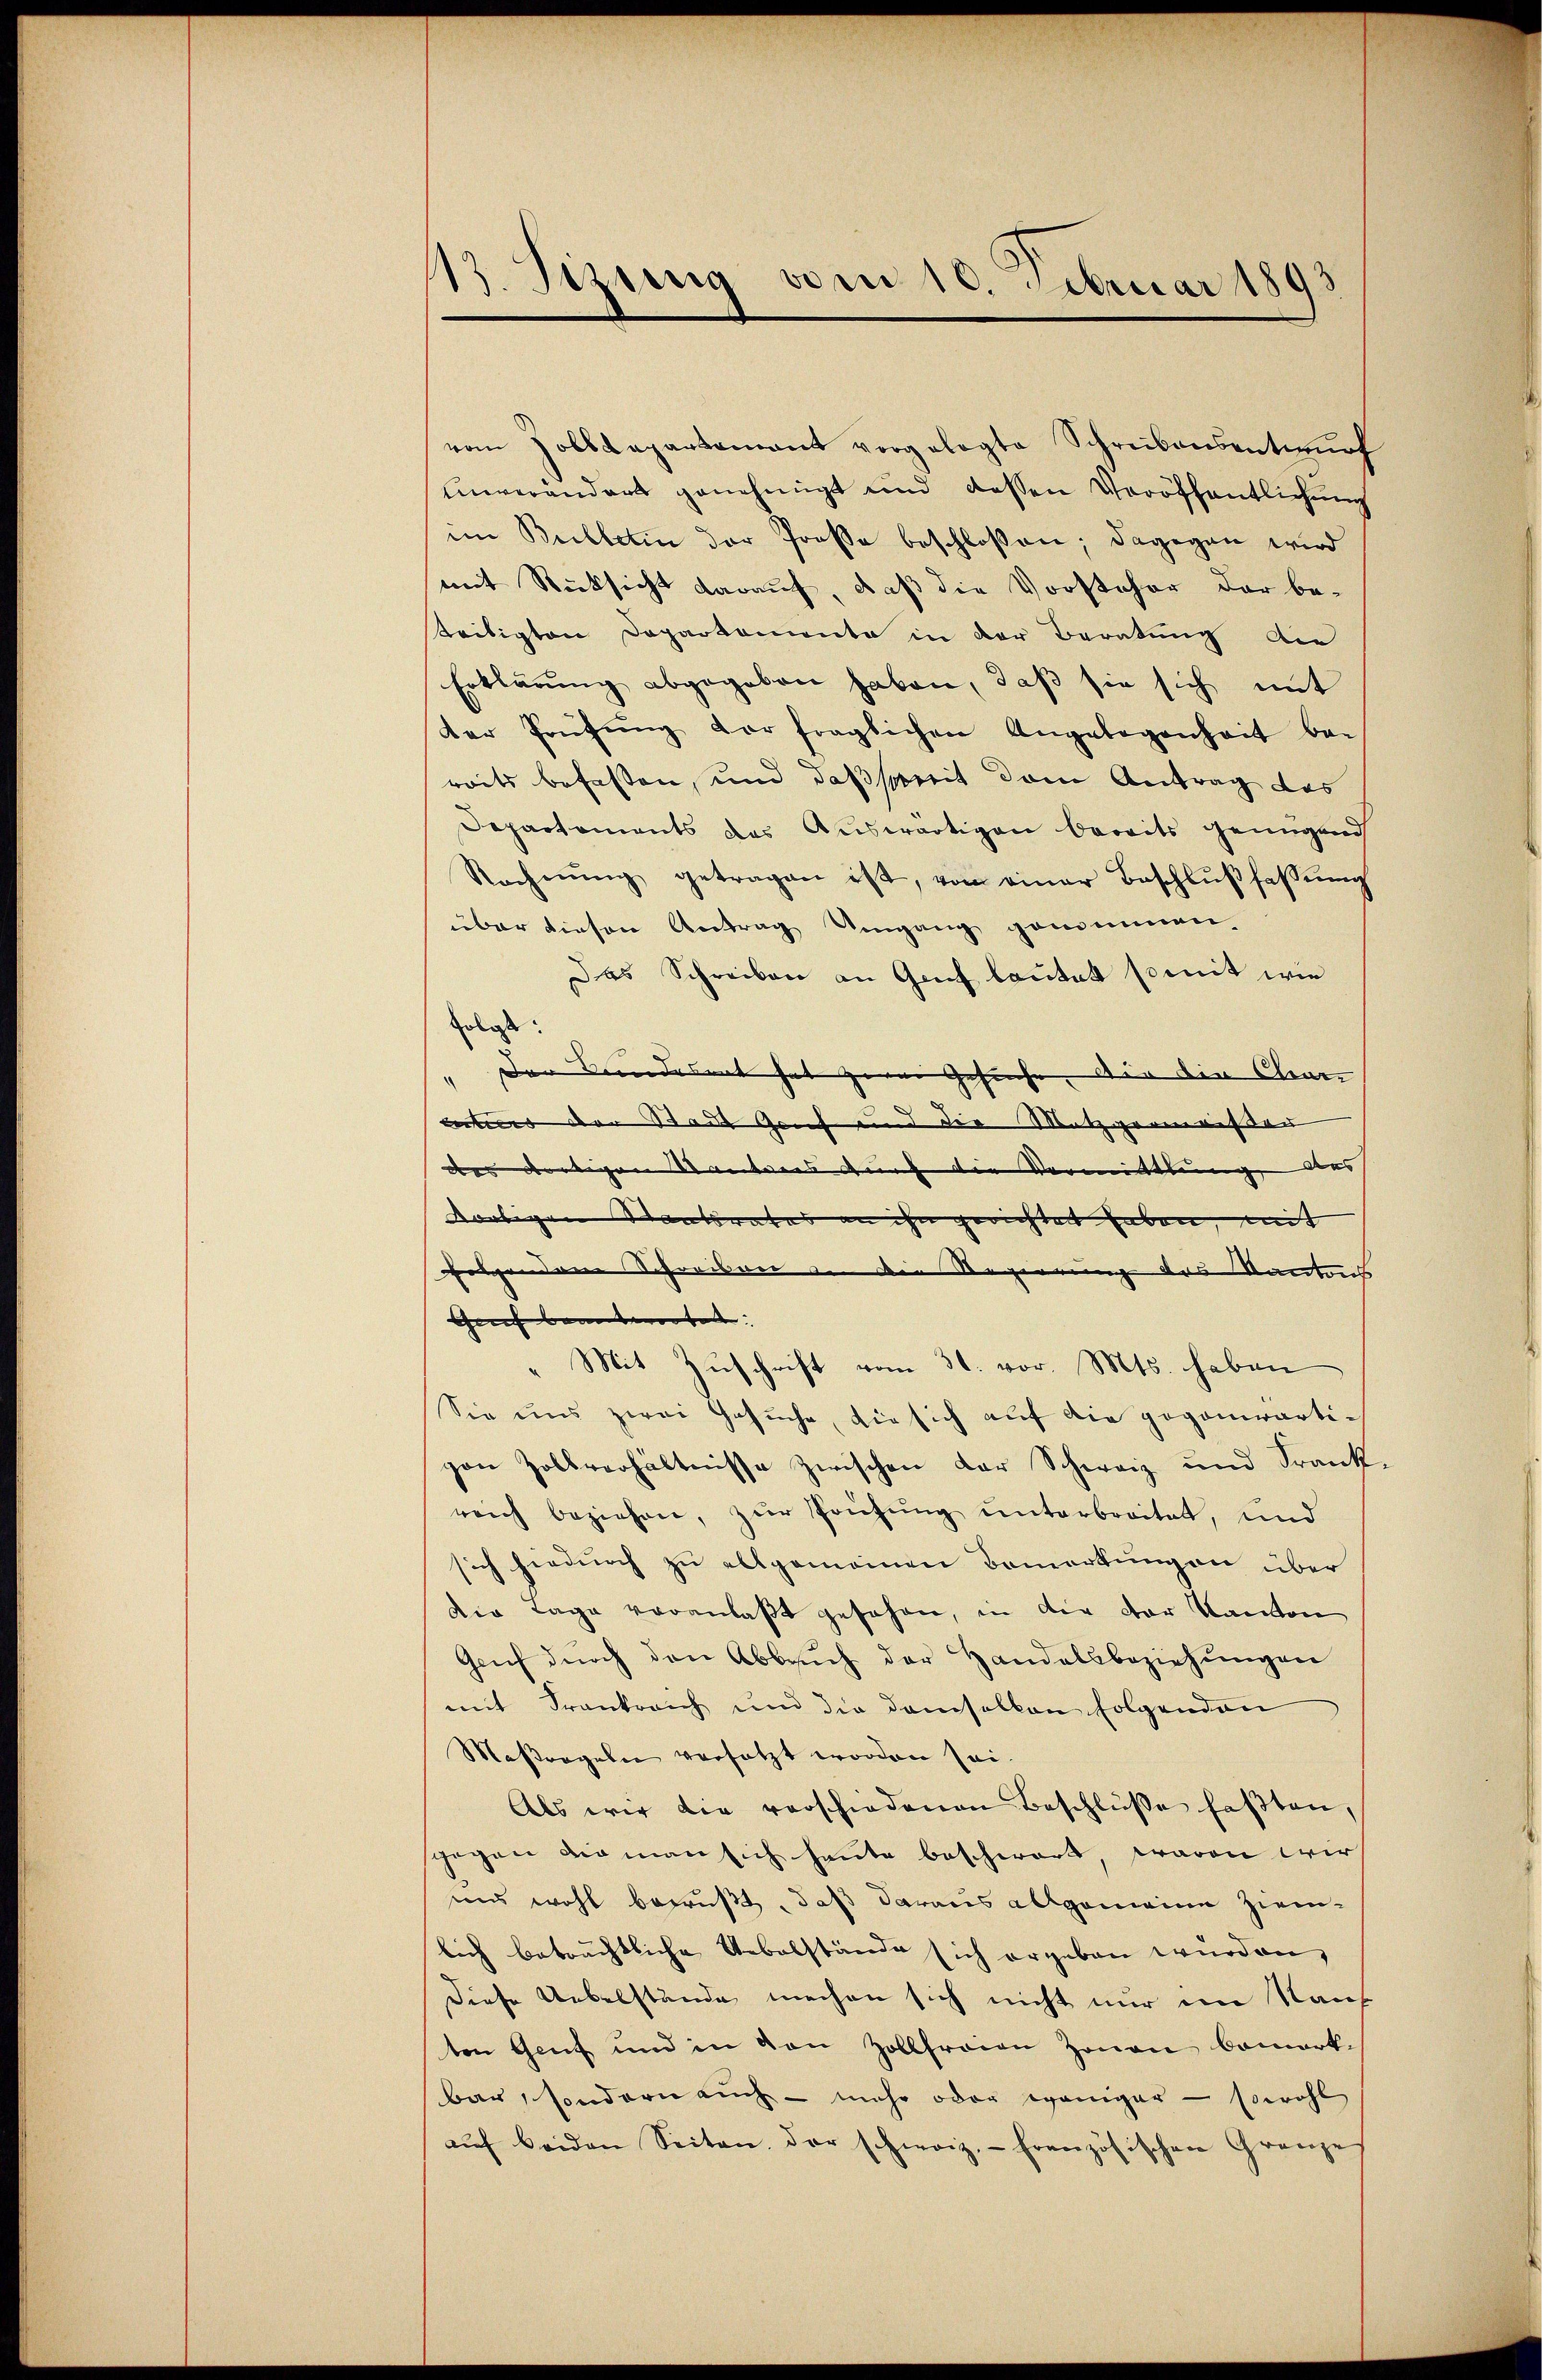
13. Sitzung vom 10. Februar 1893

vom Zolldepartamant vorgelegte Schreibensentwŭrf
unverändert genehmigt und dessen Veröffentlichung
im Bulletin der Prose beschlossen; dagegen wird
mit Rücksicht darauf, daß die Vorsteher der be-
teiligten Departemente in der Beratung die
Erklärung abgegeben haben, daß sie sich mit
der Prüfŭng der fraglichen Angelegenheit be-
reits befassen, und daß spreit dem Antrag des
Departements das Auswärtigen bereits genügend
Rechnŭng getragen ist, von einer Beschlŭβ fassŭng
über diesen Antrag Umgang genimmen
Das Schreiben an Genf lautet somit wie
rlass
" der Kinderent hat zwei Gesuche. Der die Char
Enters der Stadt Genf und die Metzgermeister |
der dortigen Seiteres durch die Vormittlung, aus |
dortigen Staatsrates an ihn gerichtet haben, mit
folgendene Schreiben in die Regierung des Kantons
Geruf beantwortet. |
Mit Zuschrift vom 31. vor. Mts. haben
Sie uns zwei Gesŭche, die sich auf die gegenwärtipon Zollverhältnisse zwischen der Schweiz und Frankreich beziehen, zŭr Prüfung unterbreitet, und
sich hiedurch zu allgemeinen Bemerkungen über
der Lage veranlaßt gesehen, in die der Kanton
Genf dŭrch den Abbrŭch der Handelsbeziehŭngen
mit Frankreich und die demselben folgenden
Maßregeln versetzt worden sei.
Als wir die verschiedenen Beschlüße faßten,
gegen die man sich heute beschwart, waren wir
uns wohl bewußt, daß daraus allgemeine ziemlich beträchtliche Uebelstände sich ergeben wurden,
Diese Uebelstände machen sich nicht nur ein Nach
ten Genf und in den Zollfreien Zonen bemerk-
bar, sondern auch - mehr oder weniger - sowohl
aŭf beiden Seiten. Der schweiz.- französischen Grenze